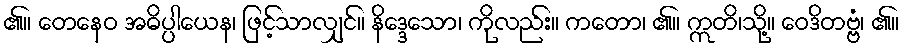
၏။ တေနေဝ အဓိပ္ပါယေန၊ ဖြင့်သာလျှင်။ နိဒ္ဒေသော၊ ကိုလည်း။ ကတော၊ ၏။ ဣတိ၊သို့။ ဝေဒိတဗ္ဗံ၊ ၏။